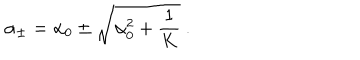
{ \alpha } _ { \pm } = { \alpha } _ { 0 } \pm \sqrt { { \alpha } _ { 0 } ^ { 2 } + { \frac { 1 } { K } } } { } ~ .